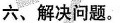
六、解决问题。